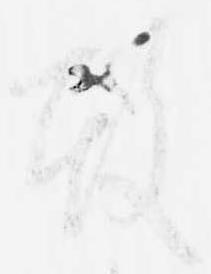
殿